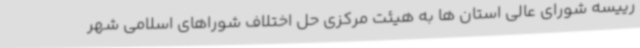
رییسه شورای عالی استان ها به هیئت مرکزی حل اختلاف شوراهای اسلامی شهر